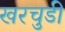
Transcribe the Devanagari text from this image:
खरचुडी